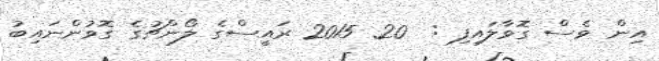
އިން ވެސް ގޮވާލައިފި :  20